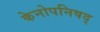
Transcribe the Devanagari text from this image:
केनोपनिषद्